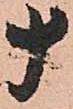
十